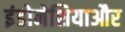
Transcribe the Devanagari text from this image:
इंडोनेशियाऔर